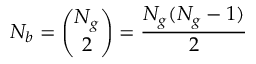
N _ { b } = { \binom { N _ { g } } { 2 } } = \frac { N _ { g } ( N _ { g } - 1 ) } { 2 }